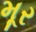
મૂર